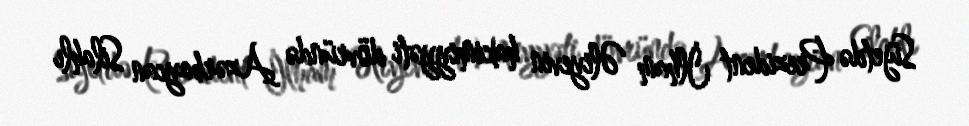
Süjetdə Prezident İlham Əliyevin hakimiyyəti dövründə Azərbaycan Silahlı